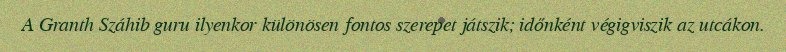
A Granth Száhib guru ilyenkor különösen fontos szerepet játszik; időnként végigviszik az utcákon.